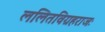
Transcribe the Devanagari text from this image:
ललितविग्रहराजः